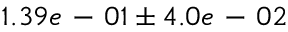
1 . 3 9 e \mathrm { ~ - ~ } 0 1 \pm 4 . 0 e \mathrm { ~ - ~ } 0 2